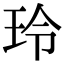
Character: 玲